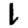
Digit: 1